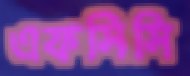
এফসিসি